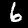
Digit: 6